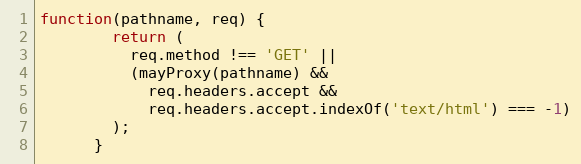
Language: JavaScript
function(pathname, req) {
        return (
          req.method !== 'GET' ||
          (mayProxy(pathname) &&
            req.headers.accept &&
            req.headers.accept.indexOf('text/html') === -1)
        );
      }